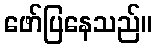
ဖော်ပြနေသည်။